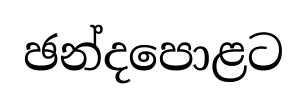
ඡන්දපොළට